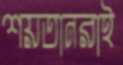
শয়তানরাই